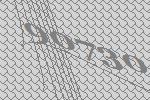
90730